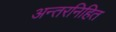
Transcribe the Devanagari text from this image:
अन्तरनिहित